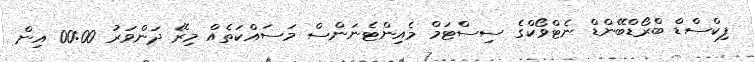
ފިކްސްޑް ބްރޯޑްބޭންޑް ނެޓްވޯކްގެ ސިސްޓަމް މެއިންޓެނަންސް މަސައްކަތެއް މިރޭ ދަންވަރު 00:00 އިން